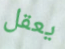
يعقل